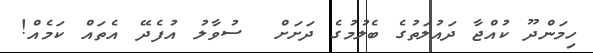
ހިމަންދޫ ކުއްޖާ ދައުލަތުގެ ބެލުމުގެ ދަށަށް  ސުވާލު އުފެދޭ އެތައް ކަމެއް!